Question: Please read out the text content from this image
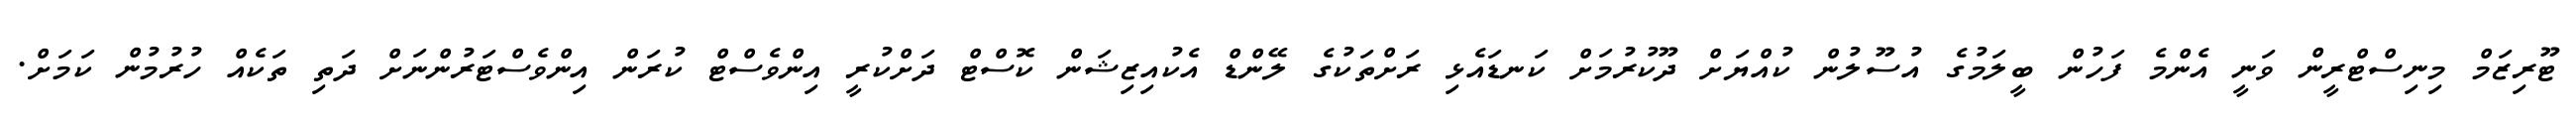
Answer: ޓޫރިޒަމް މިނިސްޓްރީން ވަނީ އެންމެ ފަހުން ބީލަމުގެ އުސޫލުން ކުއްޔަށް ދޫކުރުމަށް ކަނޑައެޅި ރަށްތަކުގެ ލޭންޑް އެކުއިޒިޝަން ކޮސްޓް ދަށްކުރީ އިންވެސްޓް ކުރަން އިންވެސްޓަރުންނަށް ދަތި ތަކެއް ހުރުމުން ކަމަށް.